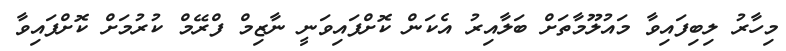
މިހާރު ލިބިފައިވާ މައުލޫމާތަށް ބަލާއިރު އެކަން ކޮށްފައިވަނީ ނާޒިމް ފްރޭމް ކުރުމަށް ކޮށްފައިވާ